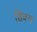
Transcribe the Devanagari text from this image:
शिक्य